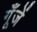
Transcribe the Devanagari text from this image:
गूँजें